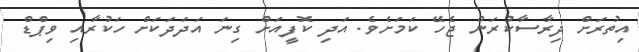
އިތުރަށް ދިރާސާކުރަން ޖެހޭ ކަމަށެވެ. އަދި ކޮފީއަށް ގިނަ އަދަދަކަށް ހަކުރާއި ވިޕްޑް